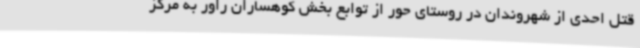
قتل احدی از شهروندان در روستای حور از توابع بخش کوهساران راور به مرکز